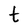
Character: t